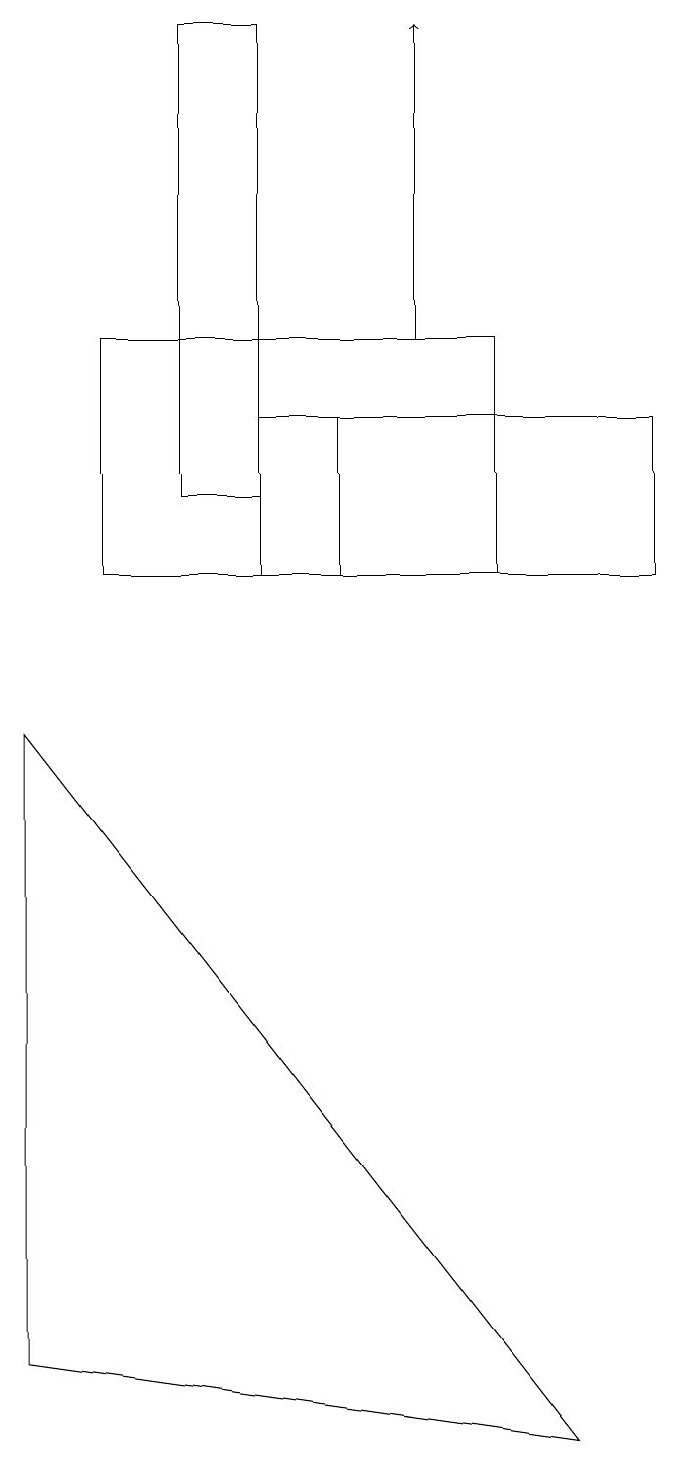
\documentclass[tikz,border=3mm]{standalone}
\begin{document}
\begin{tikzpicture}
\draw (3,13) rectangle (4,11);
\draw (4,13) rectangle (8,11);
\draw (2,18) rectangle (3,12);
\draw[->] (5,14) -- (5,18);
\draw (0,1) -- (7,0) -- (0,9) -- cycle;
\draw (6,11) rectangle (1,14);
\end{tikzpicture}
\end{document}